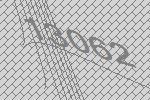
13062